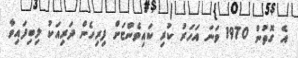
އެ ގޮތުން 1970 ވަނަ އަހަރު ކުރި ކައިވެންޏަށް ފިރިހެން ދަރިއަކު ލިބިފައިވާ